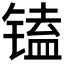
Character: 𰾩